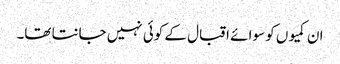
ان کمیوں کو سوا ئے اقبال کے کوئی نہیں جانتا تھا۔